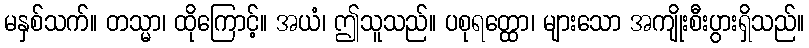
မနှစ်သက်။ တသ္မာ၊ ထိုကြောင့်။ အယံ၊ ဤသူသည်။ ပစုရတ္ထော၊ များသော အကျိုးစီးပွားရှိသည်။